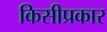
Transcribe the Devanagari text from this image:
किसीप्रकार